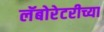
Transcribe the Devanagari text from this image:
लॅबोरेटरीच्या